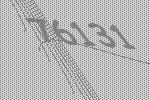
76131